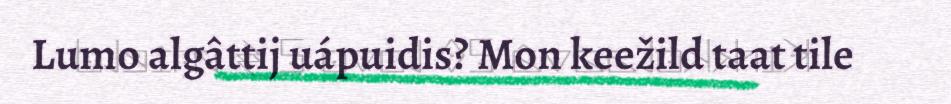
Lumo algâttij uápuidis? Mon keežild taat tile